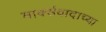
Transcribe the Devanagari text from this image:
मार्क्सवादाच्या